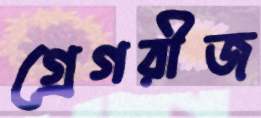
গ্রেগরীজ